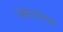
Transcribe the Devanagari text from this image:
निरोपावेगळे